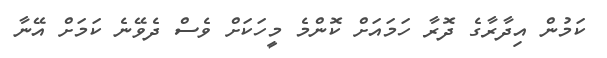
ކަމުން އިދާރާގެ ދޮރާ ހަމައަށް ކޮންމެ މީހަކަށް ވެސް ދެވޭނެ ކަމަށް އޭނާ